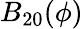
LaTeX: B_{20}(\phi)